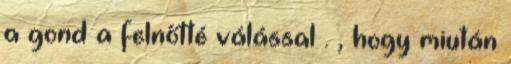
a gond a felnőtté válással . , hogy miután